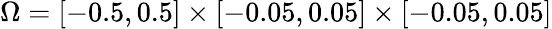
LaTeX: \Omega=[-0.5,0.5]\times[-0.05,0.05]\times[-0.05,0.05]